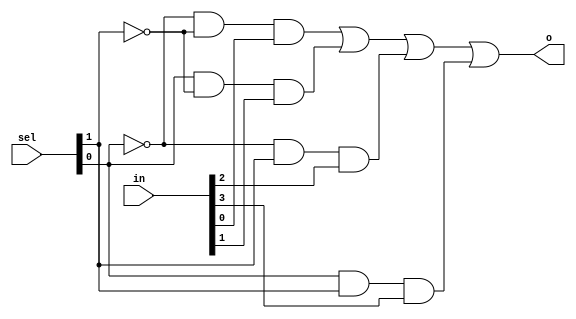
`timescale 1ns / 1ps
//////////////////////////////////////////////////////////////////////////////////
// Company: 
// Engineer: 
// 
// Design Name: 
// Module Name: m4_1
// Project Name: 
// Target Devices: 
// Tool Versions: 
// Description: 
// 
// Dependencies: 
// 
// Revision:
// Revision 0.01 - File Created
// Additional Comments:
// 
//////////////////////////////////////////////////////////////////////////////////


module m4_1(
    input [1:0] sel,
    input [3:0] in,
    output o
    );
    assign o = (~sel[0] & ~sel[1] & in[0]) | (sel[0] & ~sel[1] & in[1]) | (~sel[0] & sel[1] & in[2]) | (sel[0] & sel[1] & in[3]);
    
endmodule